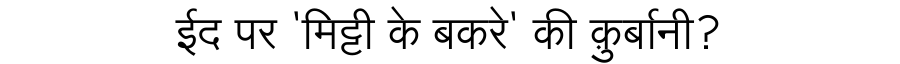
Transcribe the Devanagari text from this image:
ईद पर 'मिट्टी के बकरे' की क़ुर्बानी?